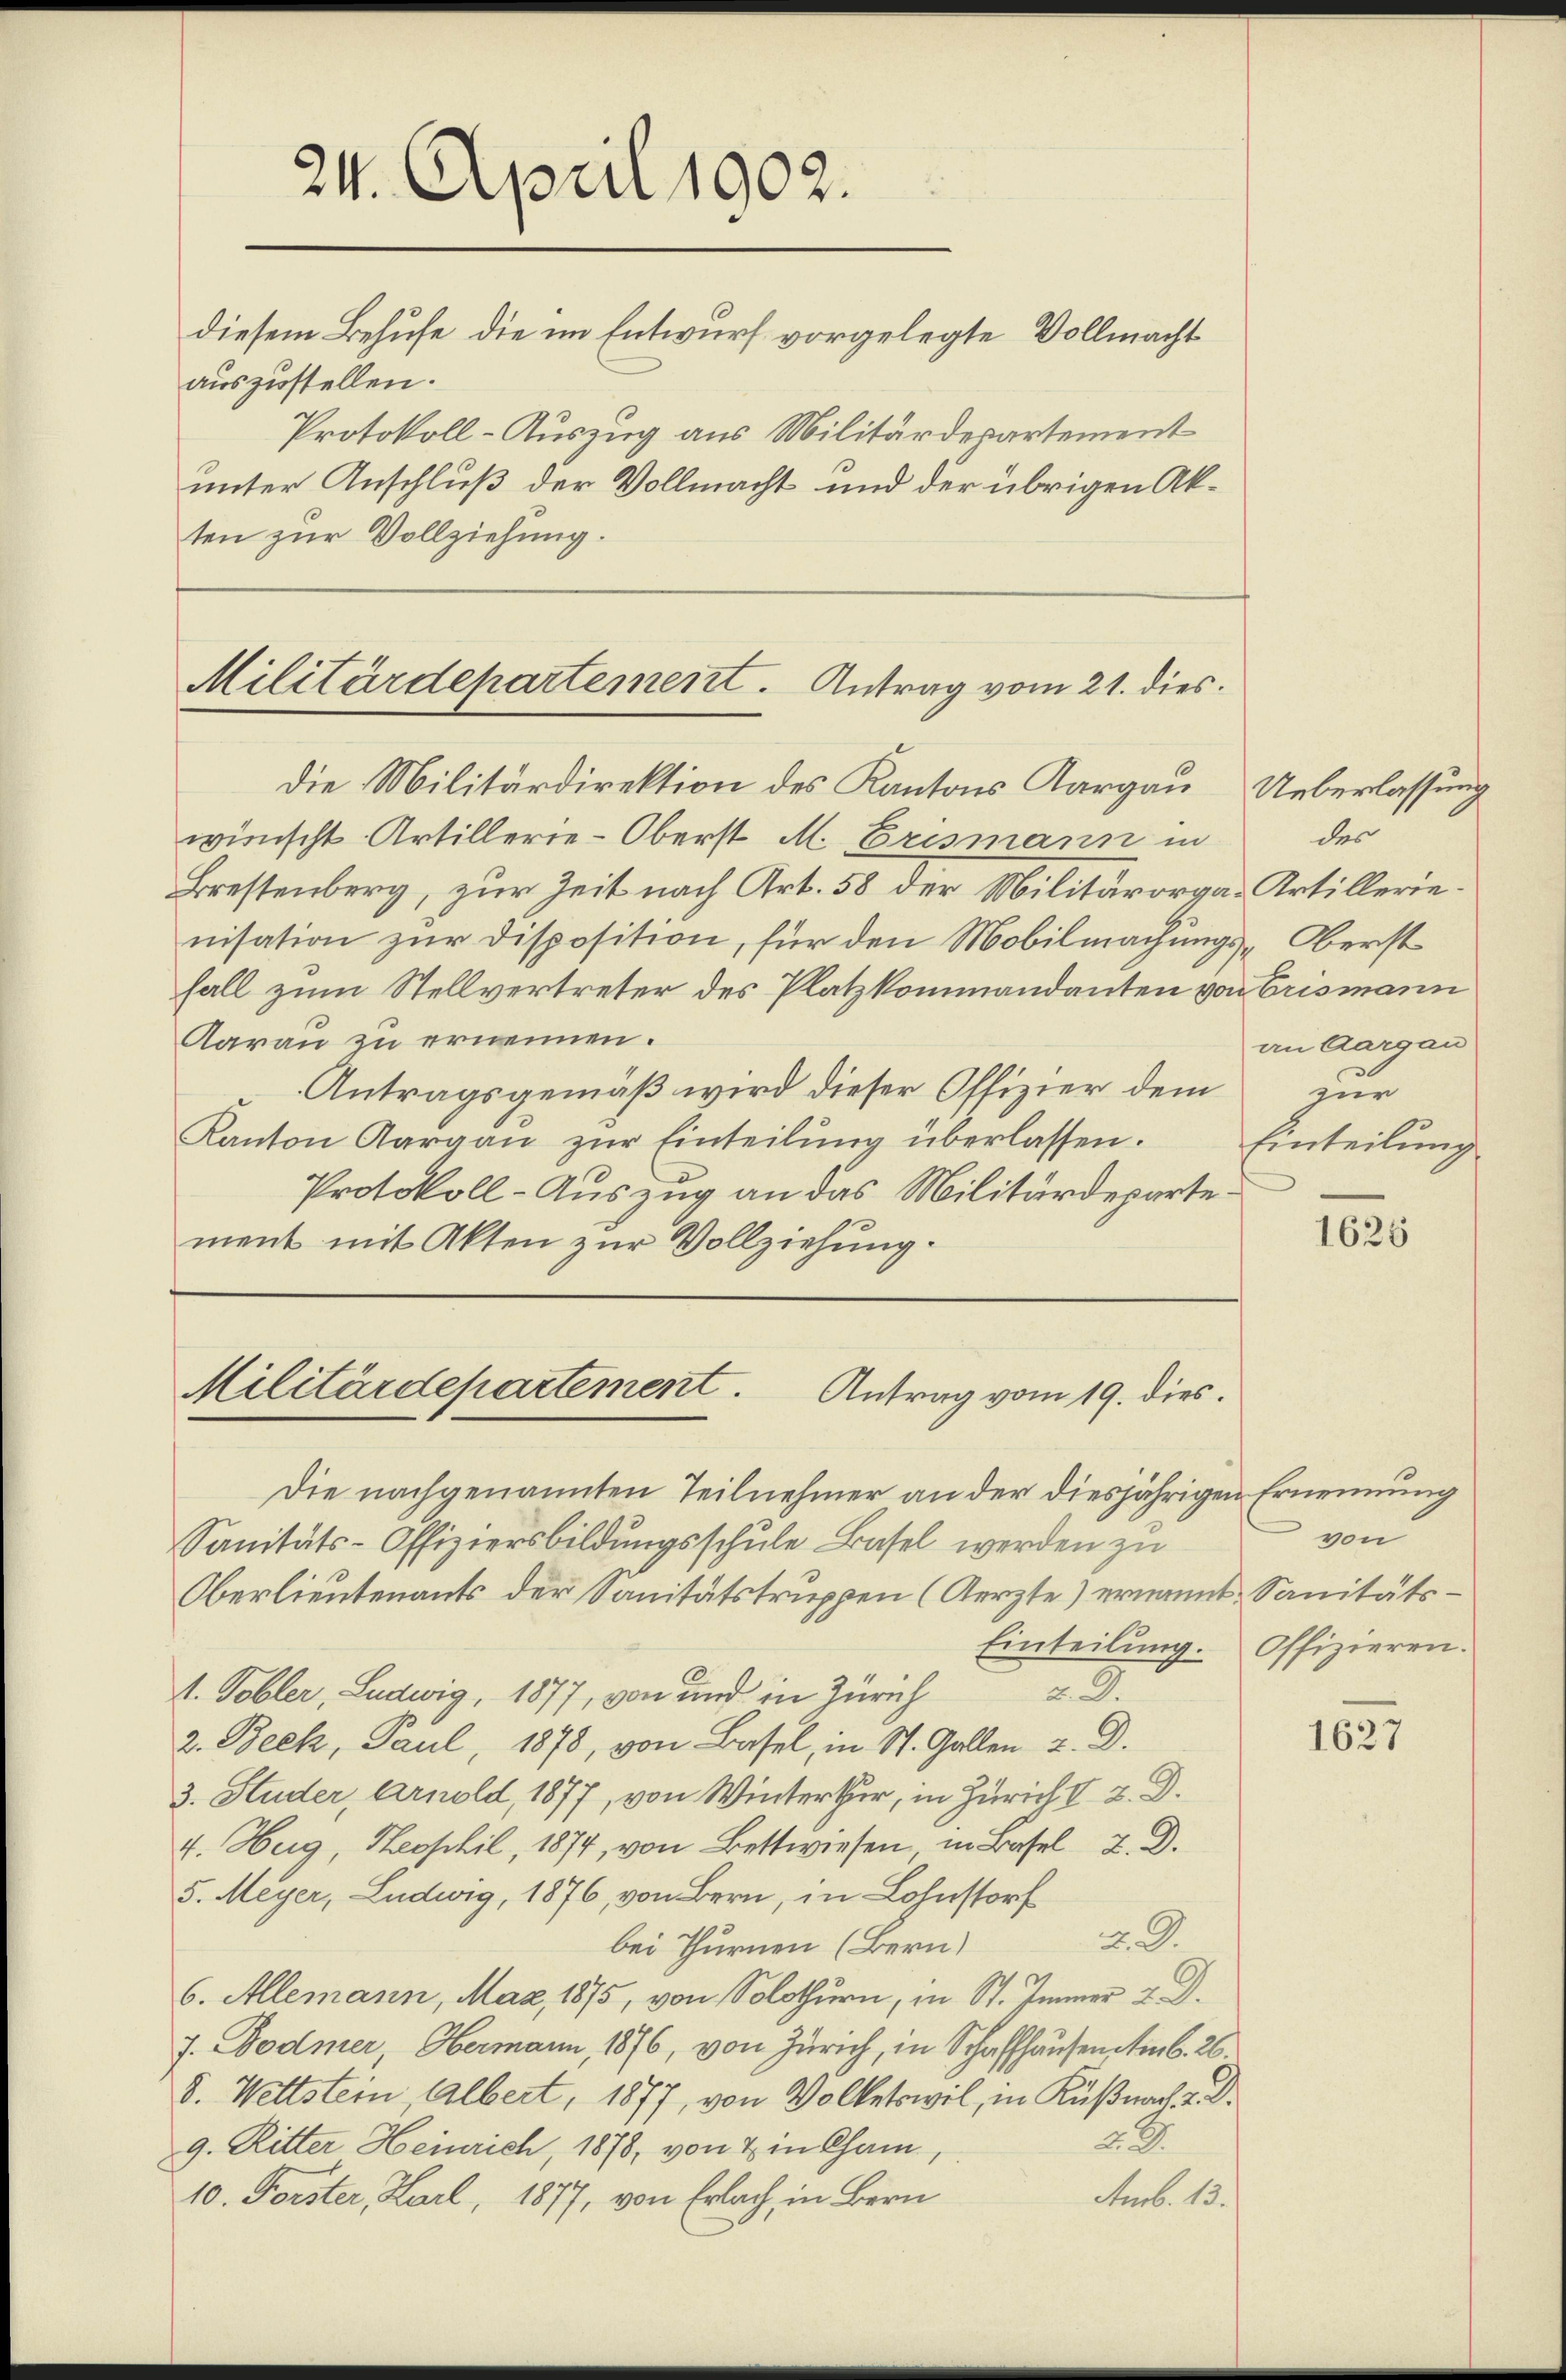
24. April 1902.
diesem Behufe die im Entwurf vorgelegte Vollmacht
auszustellen.
Protokoll-Auszug aus Militärdepartement
unter Anschluß der Vollmacht und der übrigen Akten zur Vollziehung.

Militärdepartement. Antrag vom 21. dies
Die Militärdirektion des Kantons Aargau Ueberlassung

wünscht. Artillerie-Oberst M. Brismann in
Brestenberg, zur Zeit nach Art. 58 der Militärorga-Artillerienisation zur Disposition, für den Mobilmachungs-Oberst
fall zum Stellvertreter des Platzkommandanten von Crismann
Aarau zu ernennen.
Antragsgemäß wird dieser Offizier dem
Kanton Aargau zur Einteilung überlassen.
Protokoll-Auszug an das Militärdepartement mit Akten zur Vollziehung.

Militärdepartement. Antrag vom 19. dies

Die nachgenannten Teilnehmer an der diesjährigen Ernennung
Sanitäts-Offiziersbildungsschule Basel werden zu
Oberlieutenants der Sanitätstruppen (Aerzte) ernannt. Sanitäts¬
Einteilung. Offizieren.
1. Tobler, Ludwig, 1877, von und in Zürich
&. D.
2. Beck, Paul, 1878, von Basel, in St. Gallen u. D.
3. Studer, Arnold, 1877, von Winterthur, in Zürich I 2. D.
4. Hug, Heophil, 1874, von Bettwiesen, in Basel 2. D.
5. Meyer, Ludwig, 1876, von Bern, in Lohnstorf
2. 9.
bei Thurnen (Bern)
6. Allemann, Maz, 1875, von Solothurn, in St. Immer 2. D.
J. Bodmer, Obermann, 1876, von Zürich, in Schaffhausen am 6. 26.
8. Wettstein, Albert, 1877, von Volketswil, in Küßnach 2. d.
2.3.
9. Ritter Heinrich, 1878, von & in Cham,
10. Forster, Karl, 1877, von Erlach, in Bern
Amb. 13.

des
an Aargau
zur
Einteilung

1626

von

1627